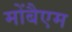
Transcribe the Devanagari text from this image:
मोंबैएम